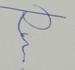
Signature authenticity: genuine